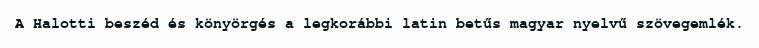
A Halotti beszéd és könyörgés a legkorábbi latin betűs magyar nyelvű szövegemlék.